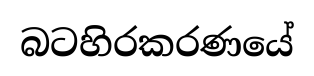
බටහිරකරණයේ